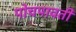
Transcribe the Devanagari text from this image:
पोचपावती